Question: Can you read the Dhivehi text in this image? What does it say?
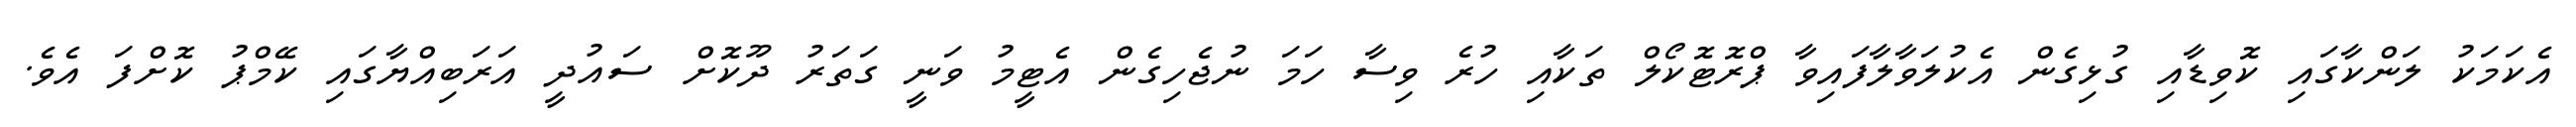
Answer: އެކަމަކު ލަންކާގައި ކޮވިޑާއި ގުޅިގެން އެކުލަވާލާފައިވާ ޕްރޮޓޮކޯލް ތަކާއި ހުރެ ވިސާ ހަމަ ނުޖެހިގެން އެޓީމު ވަނީ ގަތަރު ދޫކޮށް ސައުދީ އަރަބިއްޔާގައި ކޭމްޕު ކޮށްފަ އެވެ.